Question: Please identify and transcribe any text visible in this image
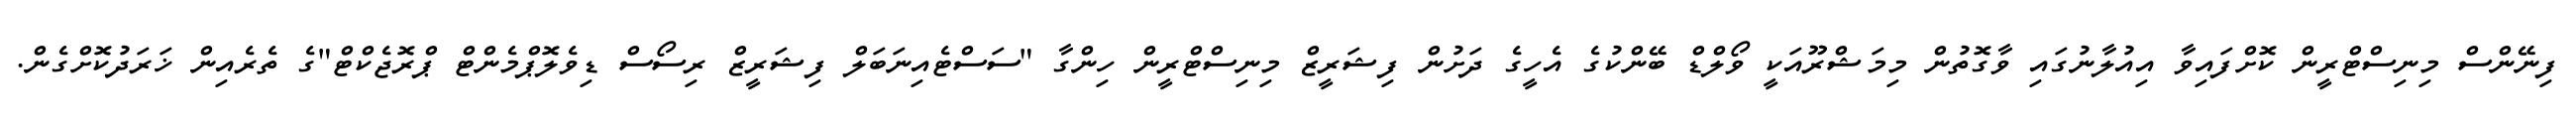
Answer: ފިނޭންސް މިނިސްޓްރީން ކޮށްފައިވާ އިއުލާނުގައި ވާގޮތުން މިމަޝްރޫއަކީ ވޯލްޑް ބޭންކުގެ އެހީގެ ދަށުން ފިޝަރީޒް މިނިސްޓްރީން ހިންގާ "ސަސްޓެއިނަބަލް ފިޝަރީޒް ރިސޯސް ޑިވެލޮޕްމެންޓް ޕްރޮޖެކްޓް"ގެ ތެރެއިން ޚަރަދުކޮށްގެން.